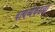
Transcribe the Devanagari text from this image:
वायव्येकडचा